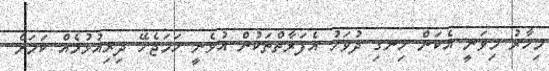
މިހާރު މިވަނީ އެކަން ހިނގި ދުވަހު އެފަރާތްތަކުން އުޅެނީ ހަމަޖެހޭ ދިރިއުޅުމެއް ކަމަށް